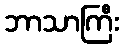
ဘာသာကြီး